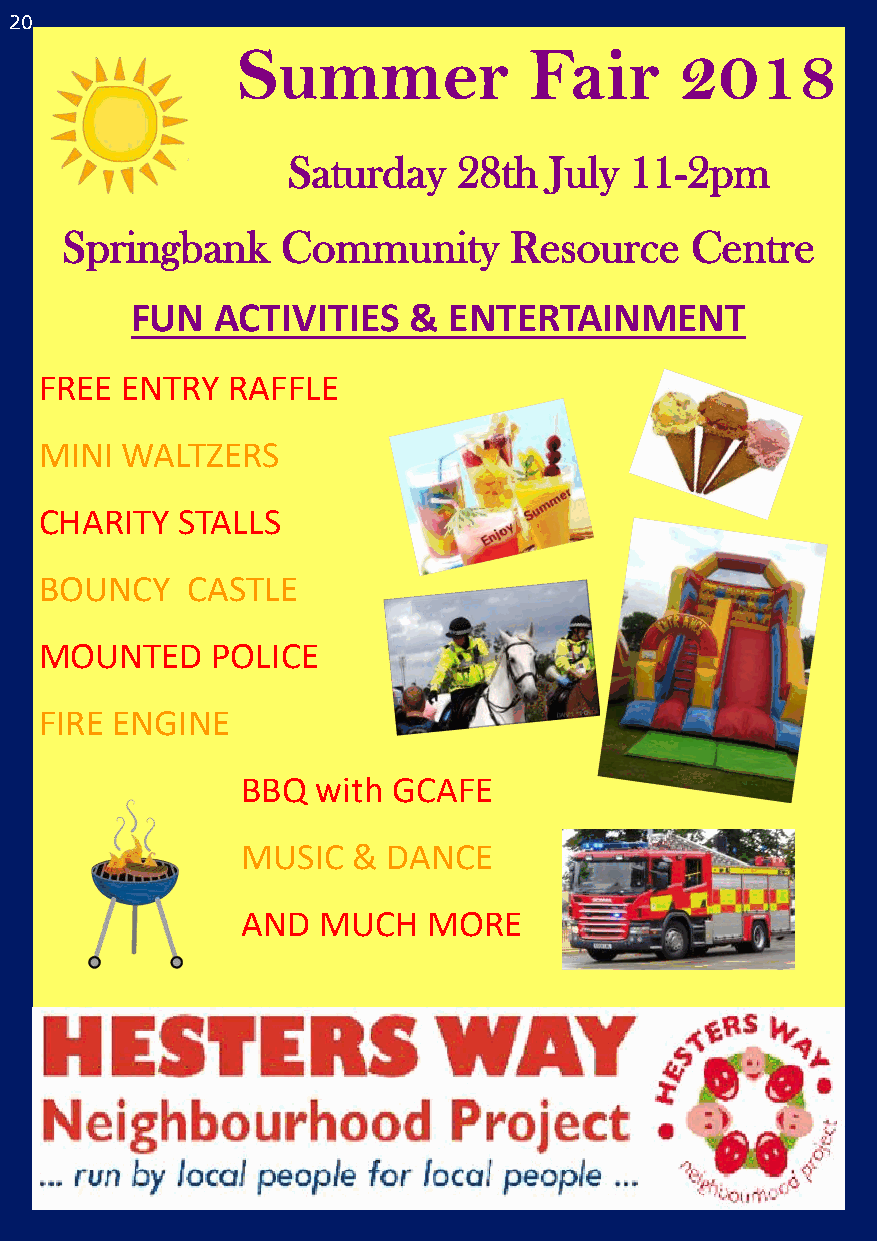
20
 Summer             Fair      2018
 Saturday   28th  July  11-2pm
 Springbank     Community      Resource    Centre
 FUN  ACTIVITIES   &  ENTERTAINMENT
 FREE ENTRY  RAFFLE
 MINI WALTZERS
 CHARITY  STALLS
 BOUNCY   CASTLE
 MOUNTED    POLICE
 FIRE ENGINE
 BBQ  with GCAFE
 MUSIC  &  DANCE
 AND  MUCH   MORE